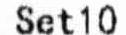
SET10